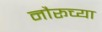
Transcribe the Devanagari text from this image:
नौरूच्या